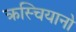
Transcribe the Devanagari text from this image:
क्रस्चियानो